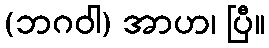
(ဘဂဝါ) အာဟ၊ ပြီ။